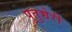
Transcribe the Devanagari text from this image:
पुतुच्चेरी